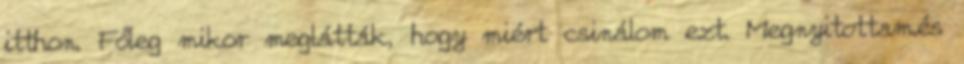
itthon. Főleg mikor meglátták, hogy miért csinálom ezt. Megnyitottam.és